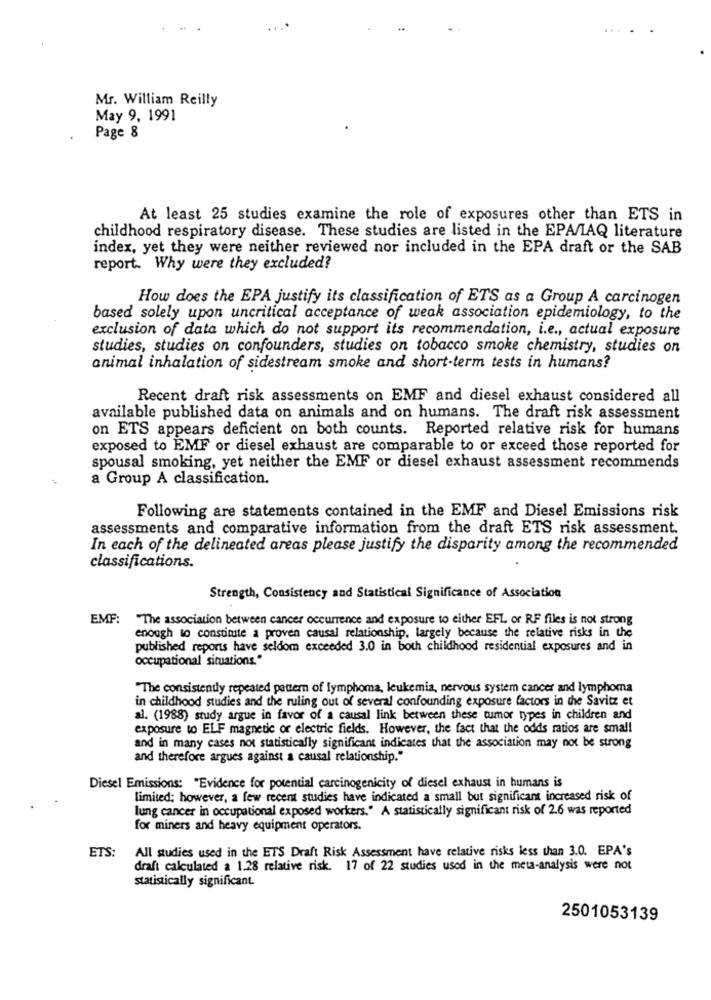
...
Mr. William Reilly
May 9, 1991
Page 8
At least 25 studies examine the role of exposures other than ETS in
childhood respiratory disease. These studies are listed in the EPA/IAQ literature
index, yet they were neither reviewed nor included in the EPA draft or the SAB
report. Why were they excluded?
How does the EPA justify its classification of ETS as a Group A carcinogen
based solely upon uncritical acceptance of weak association epidemiology, to the
exclusion of data which do not support its recommendation, i.e ., actual exposure
studies, studies on confounders, studies on tobacco smoke chemistry, studies on
animal inhalation of sidestream smoke and short-term tests in humans?
Recent draft risk assessments on EMF and diesel exhaust considered all
available published data on animals and on humans. The draft risk assessment
on ETS appears deficient on both counts. Reported relative risk for humans
exposed to EMF or diesel exhaust are comparable to or exceed those reported for
spousal smoking, yet neither the EMF or diesel exhaust assessment recommends
a Group A classification.
Following are statements contained in the EMF and Diesel Emissions risk
assessments and comparative information from the draft ETS risk assessment.
In each of the delineated areas please justify the disparity among the recommended
classifications.
Strength, Consistency and Statistical Significance of Association
EMF:
"The association between cancer occurrence and exposure to either EFL or RF files is not strong
enough to constitute a proven causal relationship, largely because the relative risks in the
published reports have seldom exceeded 3.0 in both childhood residential exposures and in
occupational situations."
"The consistently repeated pattern of lymphoma, leukemia, nervous system cancer and lymphoma
in childhood studies and the ruling out of several confounding exposure factors in the Savitz et
al. (1988) study argue in favor of a causal link between these tumor types in children and
exposure to ELF magnetic or electric fields. However, the fact that the odds ratios are small
and in many cases not statistically significant indicates that the association may not be strong
and therefore argues against a causal relationship."
Diesel Emissions: "Evidence for potential carcinogenicity of diesel exhaust in humans is
limited; however, a few recent studies have indicated a small but significant increased risk of
lung cancer in occupational exposed workers." A statistically significant risk of 2.6 was reported
for miners and heavy equipment operators.
ETS:
All studies used in the ETS Draft Risk Assessment have relative risks less than 3.0. EPA's
draft calculated a 1.28 relative risk. 17 of 22 studies used in the meta-analysis were not
statistically significant.
2501053139